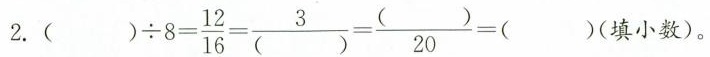
2. $$( ) \div 8 = \frac { 1 2 } { 16 } = \frac { 3 } { ( ) } = \frac { ( ) } { 2 0 } = ( )$$ (填小数)。